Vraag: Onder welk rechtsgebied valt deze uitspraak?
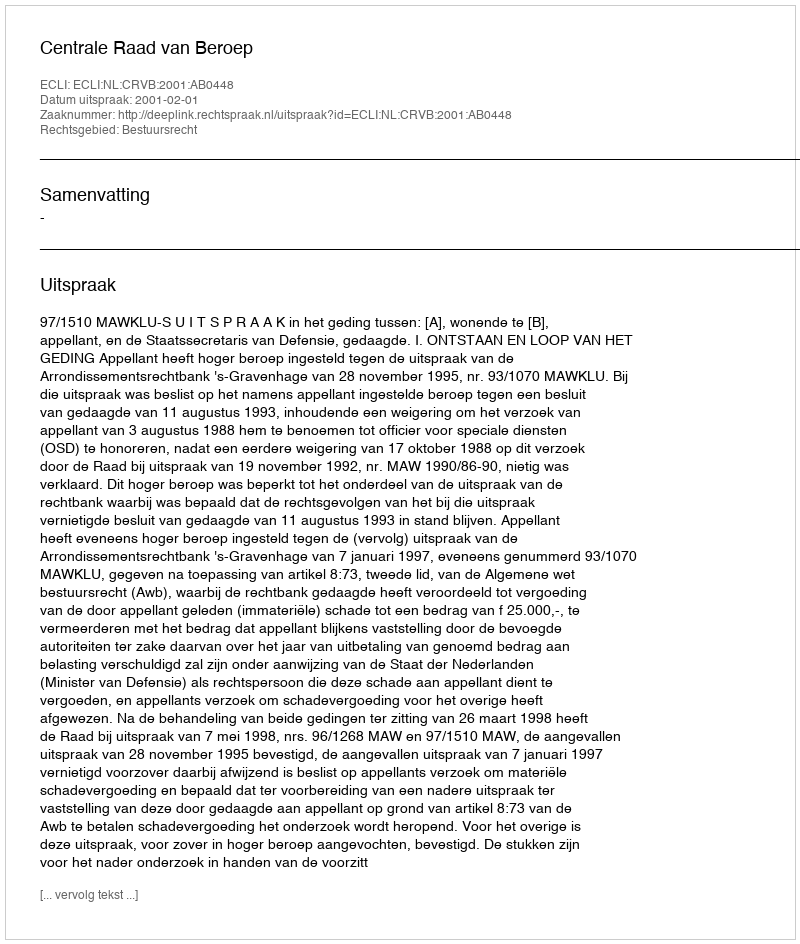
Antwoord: Bestuursrecht